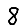
Digit: 8